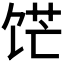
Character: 𬲹